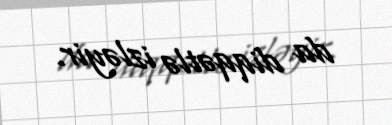
da diqqətlə izləyir.